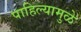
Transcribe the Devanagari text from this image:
पाहिल्यामुळे